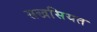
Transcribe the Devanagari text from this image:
सखसियत